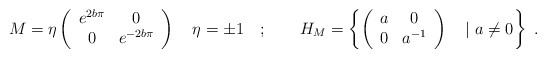
\begin{align*}M=\eta \left( \begin{array}{cc}e^{2b\pi } & 0\\0 & e^{-2b\pi }\end{array}\right) \quad \eta =\pm 1\quad ;\qquad H_{M}=\left\{ \left( \begin{array}{cc}a & 0\\0 & a^{-1}\end{array}\right) \quad \vert \, \, a\neq 0\right\} \, \, .\end{align*}